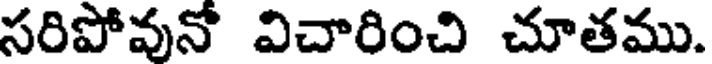
సరిపోవునో విచారించి చూతము.